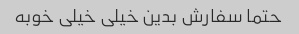
حتما سفارش بدین خیلی خیلی خوبه